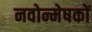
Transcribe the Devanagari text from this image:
नवोन्मेषकों